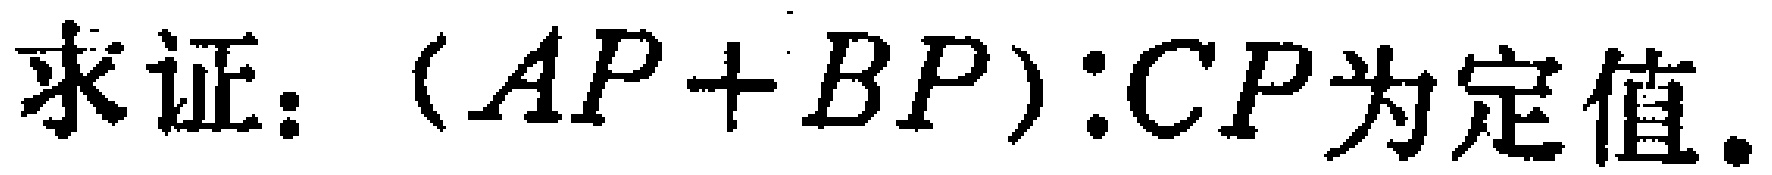
求证：\((AP + BP):CP为定值.\)